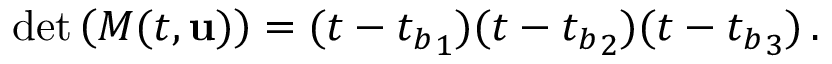
\operatorname* { d e t } \left( M ( t , { \mathbf { u } } ) \right) = ( t - { t _ { b } } _ { 1 } ) ( t - { t _ { b } } _ { 2 } ) ( t - { t _ { b } } _ { 3 } ) \, .